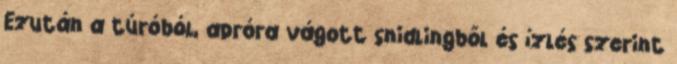
Ezután a túróból, apróra vágott snidlingből és ízlés szerint